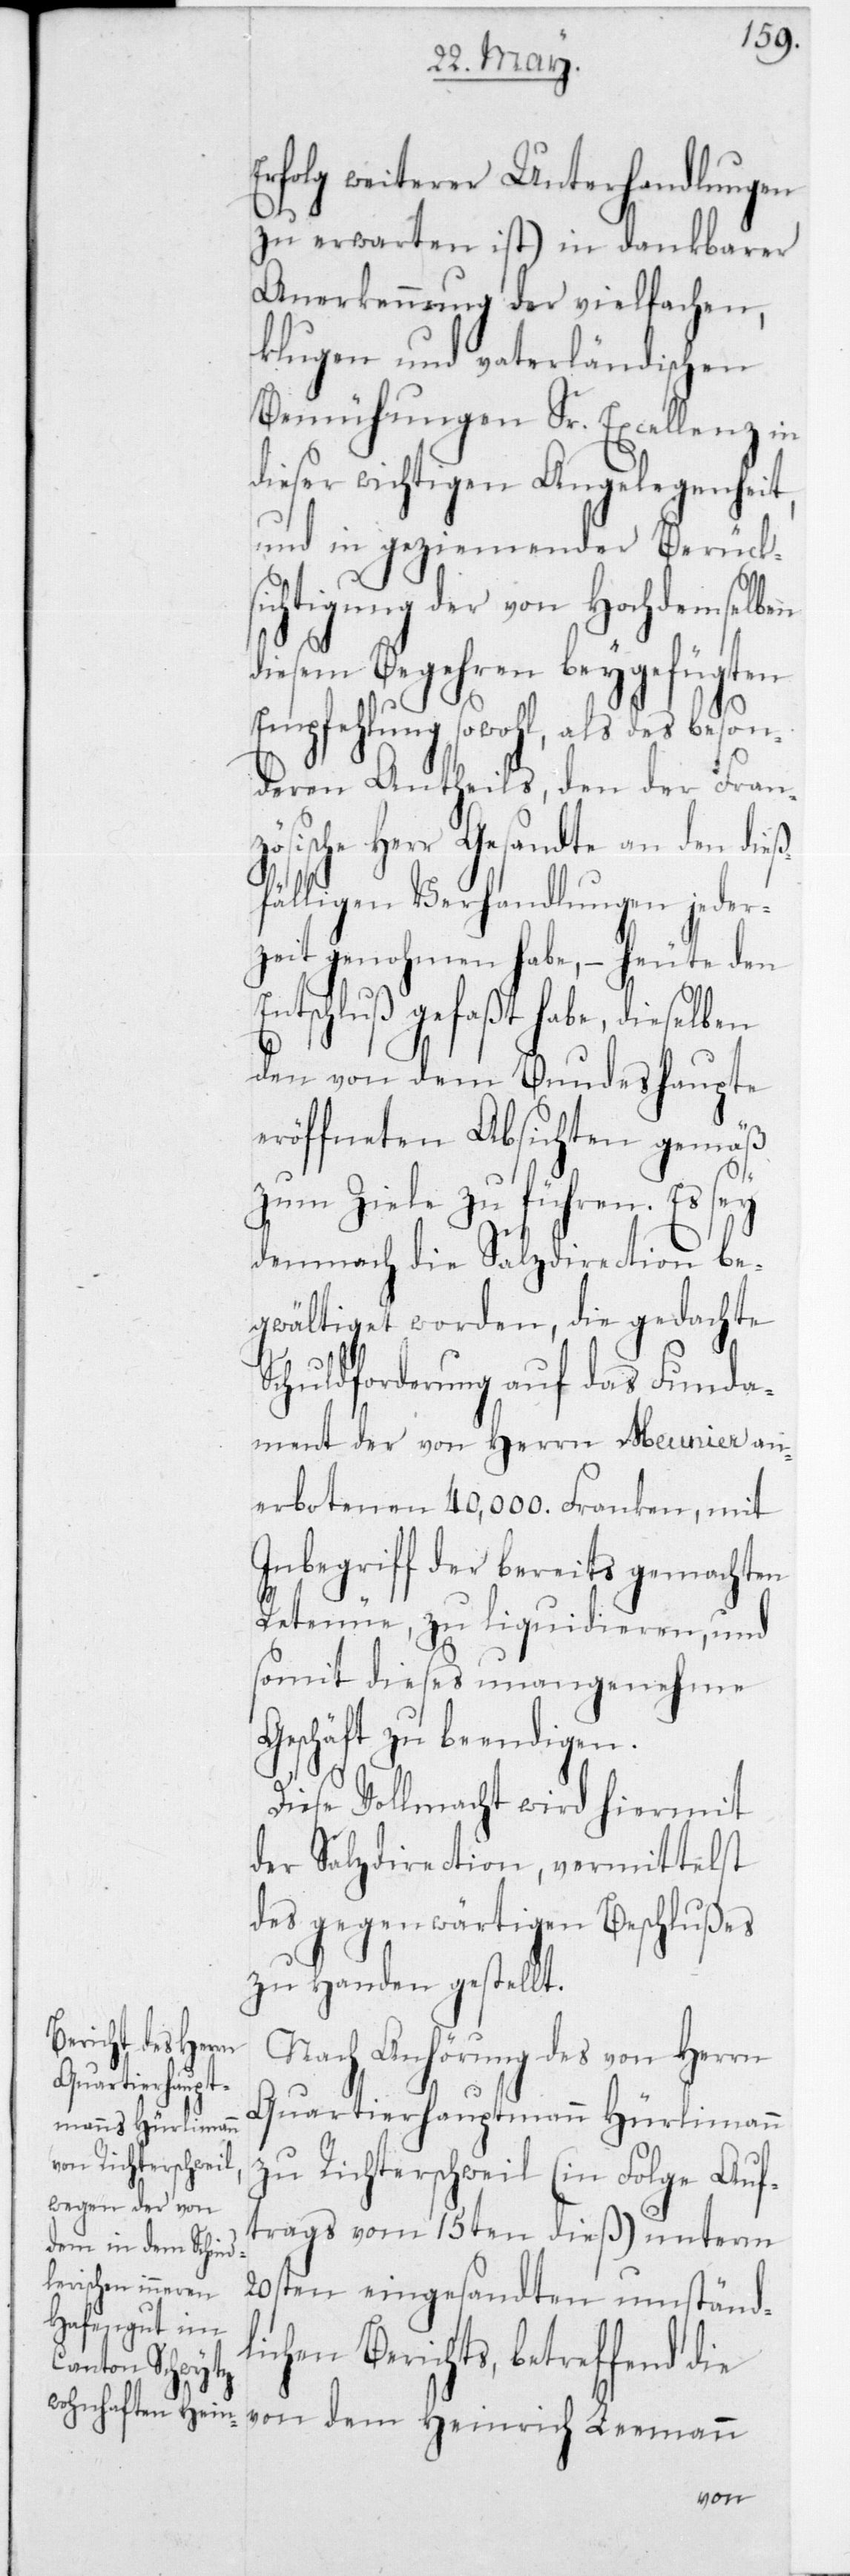
Erfolg weiterer Unterhandlungen
ös¬
zu erwarten ist) in dankbarer
Anerkennung der vielfachen,
klugen und vaterländischen
Bemühungen Sr. Excellenz in
dieser wichtigen Angelegenheit,
und in geziemender Berück¬
sichtigung der von hochdemselben,
diesem Begehren beygefügten
Empfehlung sowohl, als des beson¬
deren Antheils, den der Franz¬
ische Herr Gesandte an den die¬
ßfälligen Verhandlungen jeder¬
zeit genohmen habe, – heute den
Entschluss gefaßt habe, dieselben
den von dem Bundeshaupte
eröffneten Absichten gemäß
zum Ziele zu führen. Es sey
demnach die Salzdirection be¬
gwältiget worden, die gedachte
Schuldforderung auf das Funda¬
ment der von Herrn Meunier an¬
erbotenen 40'000 Franken, mit
Inbegriff der bereits gemachten
Retenüe, zu liquidieren, und
somit dieses unangenehme
Geschäft zu beendigen.
Diese Vollmacht wird hiermit
der Salzdirection, vermittelst
des gegenwärtigen Beschlußes
zu Handen gestellt.
Nach Anhörung des von Herrn
Quartierhauptmann Hürlimann
zu Richterschweil (in Folge Auf¬
trags vom 15ten dieß) unterm
20sten eingesandten umständ¬
lichen Berichts, betreffend die
von